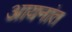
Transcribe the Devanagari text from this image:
आयनांत